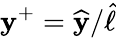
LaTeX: \mathbf{y}^{+}=\widehat{{\mathbf{y}}}/\widehat{{\ell}}